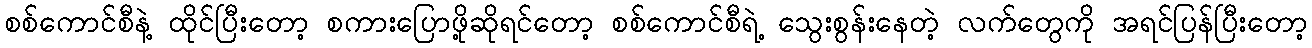
စစ်ကောင်စီနဲ့ ထိုင်ပြီးတော့ စကားပြောဖို့ဆိုရင်တော့ စစ်ကောင်စီရဲ့ သွေးစွန်းနေတဲ့ လက်တွေကို အရင်ပြန်ပြီးတော့